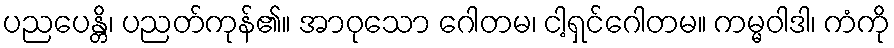
ပညပေန္တိ၊ ပညတ်ကုန်၏။ အာဝုသော ဂေါတမ၊ ငါ့ရှင်ဂေါတမ။ ကမ္မဝါဒါ၊ ကံကို